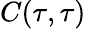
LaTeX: C(\tau,\tau)